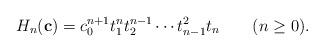
LaTeX: \begin{align*}H_{n}({\bf c})=c_{0}^{n+1}t_{1}^{n}t_{2}^{n-1}\cdots t_{n-1}^{2}t_{n}\qquad(n\geq0).\end{align*}